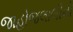
જાહોજલાલીનો